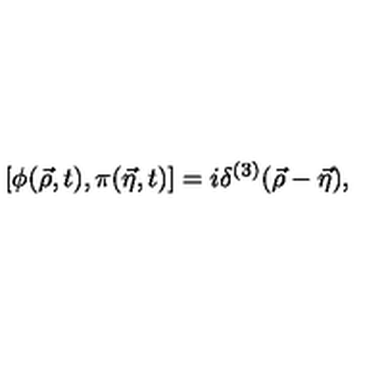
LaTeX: [ \phi ( { \vec { \rho } } , t ) , \pi ( { \vec { \eta } } , t ) ] = i \delta ^ { ( 3 ) } ( { \vec { \rho } } - { \vec { \eta } } ) ,